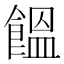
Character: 饂